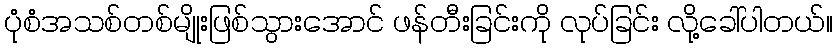
ပုံစံအသစ်တစ်မျိုးဖြစ်သွားအောင် ဖန်တီးခြင်းကို လုပ်ခြင်း လို့ခေါ်ပါတယ်။